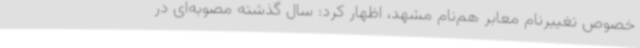
خصوص تغییرنام معابر هم‌نام مشهد، اظهار کرد: سال گذشته مصوبه‌ای در